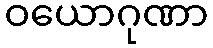
ဝယောဂုဏာ